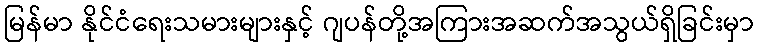
မြန်မာ နိုင်ငံရေးသမားများနှင့် ဂျပန်တို့အကြားအဆက်အသွယ်ရှိခြင်းမှာ